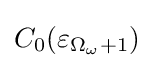
C_{0}(\varepsilon _{\Omega _{\omega }+1})